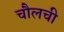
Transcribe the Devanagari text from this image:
चौलची